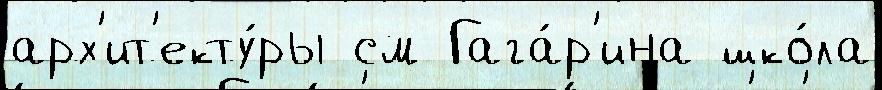
арх'ит'екту́ры см Гага́р'ина шко́ла